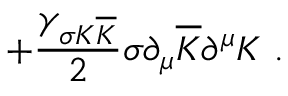
+ \frac { \gamma _ { \sigma K \overline { { { K } } } } } { 2 } \sigma \partial _ { \mu } { \overline { { { K } } } } \partial ^ { \mu } { K } \ .